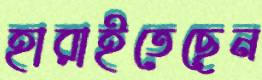
হারাইতেছেন